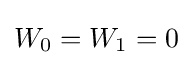
W_{0}=W_{1}=0